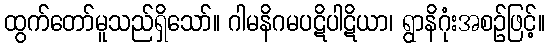
ထွက်တော်မူသည်ရှိသော်။ ဂါမနိဂမပဋိပါဋိယာ၊ ရွာနိဂုံးအစဉ်ဖြင့်။